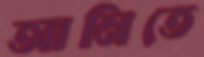
আনিতে